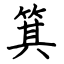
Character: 箕